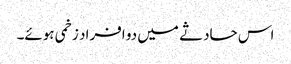
اس حادثے میں دو افراد زخمی ہوئے۔